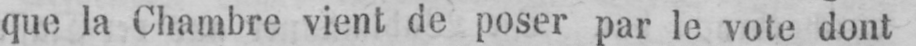
que la Chambre vient de poser par le vote dont